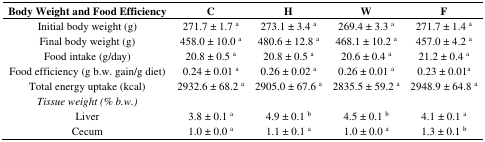
| Body Weight and Food Efficiency | C | H | W | F |
 | --- | --- | --- | --- | --- |
 | Initial body weight (g) | 271.7 ± 1.7 a | 273.1 ± 3.4 a | 269.4 ± 3.3 a | 271.7 ± 1.4 a |
 | Final body weight (g) | 458.0 ± 10.0 a | 480.6 ± 12.8 a | 468.1 ± 10.2 a | 457.0 ± 4.2 a |
 | Food intake (g/day) | 20.8 ± 0.5 a | 20.8 ± 0.5 a | 20.6 ± 0.4 a | 21.2 ± 0.4 a |
 | Food efficiency (g b.w. gain/g diet) | 0.24 ± 0.01 a | 0.26 ± 0.02 a | 0.26 ± 0.01 a | 0.23 ± 0.01a |
 | Total energy uptake (kcal) | 2932.6 ± 68.2 a | 2905.0 ± 67.6 a | 2835.5 ± 59.2 a | 2948.9 ± 64.8 a |
 | Tissue weight (% b.w.) |  |  |  |  |
 | Liver | 3.8 ± 0.1 a | 4.9 ± 0.1 b | 4.5 ± 0.1 b | 4.1 ± 0.1 a |
 | Cecum | 1.0 ± 0.0 a | 1.1 ± 0.1 a | 1.0 ± 0.0 a | 1.3 ± 0.1 b |